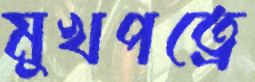
মুখপত্রে